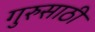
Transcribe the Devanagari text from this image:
गुरुसाठी